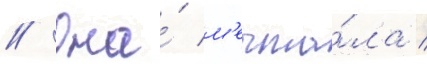
// Она́ м'ечта́ла /